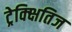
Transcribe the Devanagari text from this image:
ट्रेक्क्षितिज